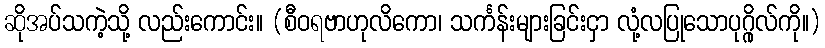
ဆိုအပ်သကဲ့သို့ လည်းကောင်း။ (စီဝရဗာဟုလိကော၊ သင်္ကန်းများခြင်းငှာ လုံ့လပြုသောပုဂ္ဂိုလ်ကို။)